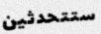
ستتحدثين